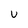
Character: u